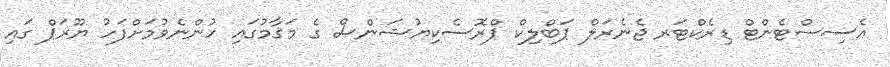
އެސިސްޓެންޓް ޑިރެކްޓަރ ޖެނެރަލް ޕަބްލިކް ޕްރޮސެކިޔުޝަންސް ގެ މަޤާމުގައި ހުންނެވުމަށްފަހު ޔޫރަޕް ގައި